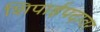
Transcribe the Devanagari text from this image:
शिपाईपदावर